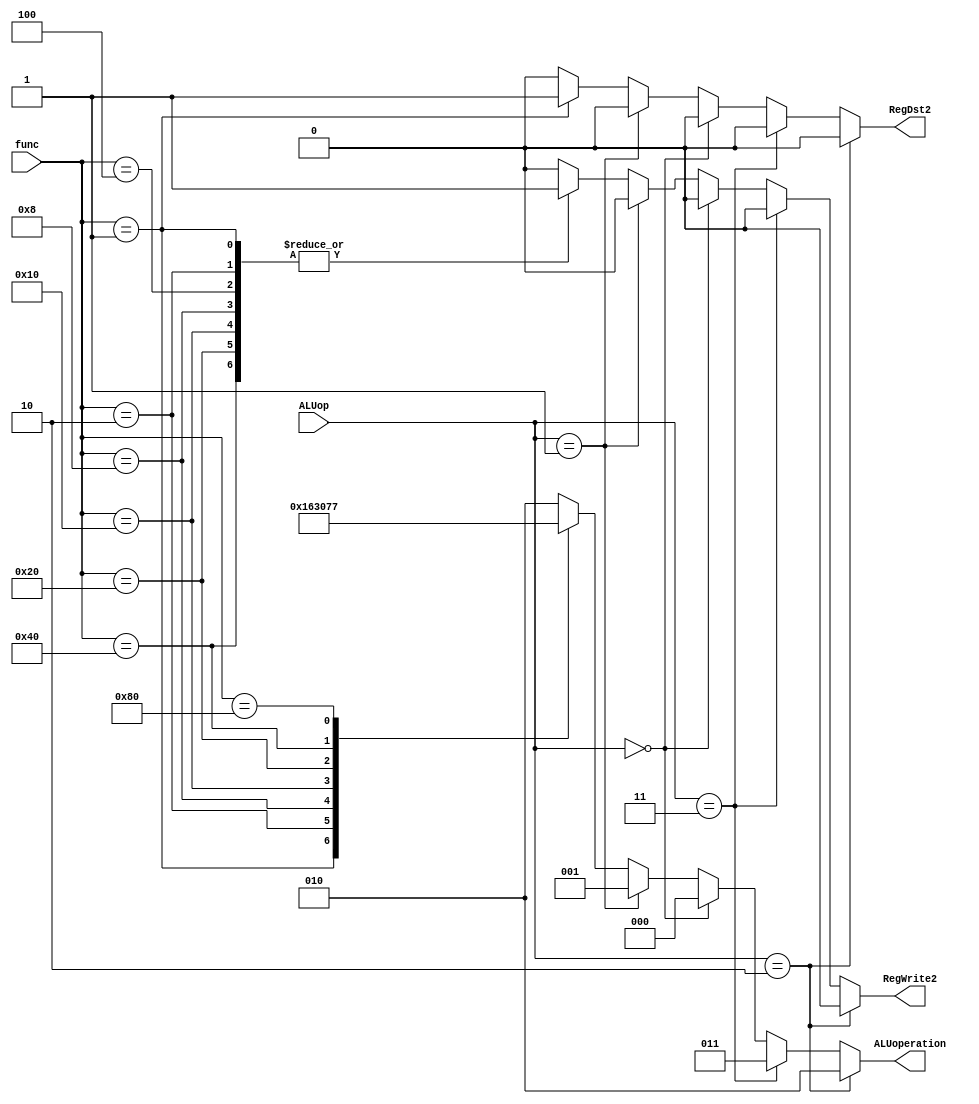
module ALUController(RegDst2, RegWrite2, ALUoperation, ALUop, func);
    output reg [2:0] ALUoperation;
    output reg RegDst2, RegWrite2;
    input [2:0] ALUop;
    input [8:0] func;
    always @(ALUop, func) begin
        ALUoperation = 3'b010;
        RegWrite2 = 1'b0;
        RegDst2 = 1'b0;
        if(ALUop == 3'b010) 
            ALUoperation = 3'b010;
        else if(ALUop == 3'b011)
            ALUoperation = 3'b011;
        else if(ALUop == 3'b000)
            ALUoperation = 3'b000;
        else if(ALUop == 3'b001)
            ALUoperation = 3'b001;
        else 
        begin
            case(func)
            9'b000000001: begin 
                ALUoperation = 3'b101;
                RegDst2 = 1'b1;
                RegWrite2 = 1'b1;
            end
            9'b000000010: begin ALUoperation = 3'b100; RegWrite2 = 1'b1; end
            9'b000000100: begin ALUoperation = 3'b010; RegWrite2 = 1'b1; end
            9'b000001000: begin ALUoperation = 3'b011; RegWrite2 = 1'b1; end
            9'b000010000: begin ALUoperation = 3'b000; RegWrite2 = 1'b1; end
            9'b000100000: begin ALUoperation = 3'b001; RegWrite2 = 1'b1; end
            9'b001000000: begin ALUoperation = 3'b110; RegWrite2 = 1'b1; end
            9'b010000000: begin
                ALUoperation = 3'b111;
                RegWrite2 = 1'b0;
            end 
            endcase
        end
    end
endmodule


module Controller(ALUoperation, PCSrc, ALUSrcB, PCLoad, IOrD, RegDst, RegWrite, MemToReg, IRWrite, ALUSrcA,
                  MemRead, MemWrite, func, opc, zero, rst, clk);
    output [2:0] ALUoperation;
    output reg [1:0] PCSrc, ALUSrcB;
    output reg IOrD, MemToReg, IRWrite, ALUSrcA;
    output PCLoad, RegDst, RegWrite;
    output reg MemRead, MemWrite;
    input [8:0] func;
    input [3:0] opc;
    input zero, rst, clk;
    reg [2:0] ALUop;
    reg PCWriteCond, PCWrite, RegWrite1;
    wire RegDst2, RegWrite2;


    wire and1;
    assign and1 = PCWriteCond & zero;
    wire oneBitZero;
    assign oneBitZero = 1'b0;
    assign PCLoad = PCWrite  | and1;
    assign RegDst = oneBitZero | RegDst2;
    assign RegWrite = RegWrite1 | RegWrite2;

    ALUController ALUCntrl(RegDst2, RegWrite2, ALUoperation, ALUop, func);
    parameter [3:0] IF = 0, ID = 1, Load1 = 2, Load2 = 3, Store = 4, Jump = 5, BranchZ = 6, TypeC1 = 7,
                    TypeC2 = 8, Addi = 9, IState = 10, Subi = 11, Andi = 12, Ori = 13;
        
    reg [3:0] ns, ps;
    parameter [3:0]  LOAD = 4'b0000, STORE = 4'b0001, JUMP = 4'b0010, BRANCHZ = 4'b0100, TYPEC = 4'b1000,
                     ADDI = 4'b1100, SUBI = 4'b1101, ANDI = 4'b1110, ORI = 4'b1111;
               
    always @(ps, opc) begin
        case(ps) 
            IF: ns = ID;
            ID: begin
                case(opc) 
                    LOAD:  ns = Load1;
                    STORE: ns = Store;
                    JUMP:  ns = Jump;
                    BRANCHZ: ns = BranchZ;
                    TYPEC: ns = TypeC1;
                    ADDI:  ns = Addi;
                    SUBI:  ns = Subi;
                    ANDI:  ns = Andi;            
                    ORI:  ns = Ori;                
                endcase
            end
            Load1: ns = Load2;
            Load2: ns = IF;
            Store: ns = IF;
            Jump: ns = IF;
            BranchZ: ns = IF;
            TypeC1: ns = TypeC2;
            TypeC2: ns = IF;
            Addi: ns = IState;
            IState: ns = IF;
            Subi: ns = IState;
            Andi: ns = IState;
            Ori: ns = IState;
        endcase
    end
    always @(ps) begin
        {PCWrite, PCWriteCond, IOrD, MemWrite, MemRead, IRWrite, MemToReg, RegWrite1, ALUSrcB, PCSrc, ALUop, ALUSrcA} = 16'd5;
        case(ps) 
            IF: begin
                IOrD = 1'b0;
                MemRead = 1'b1;
                IRWrite = 1'b1;
                ALUSrcA = 1'b0;
                ALUSrcB = 2'b01;
                ALUop = 3'b010;
                PCSrc = 2'b00;
                PCWrite = 1'b1;
            end
            ID: begin
                {MemWrite, MemRead, IRWrite, RegWrite1, PCWrite, PCWriteCond} = 6'b000000;            
            end
            Load1: begin
                IOrD = 1'b1;
                MemRead = 1'b1;
            end
            Load2: begin
                RegWrite1 = 1'b1;
                MemToReg = 1'b1;
            end
            Store: begin
                IOrD = 1'b1;
                MemWrite = 1'b1;
            end
            Jump: begin
                PCSrc = 2'b10;
                PCWrite = 1'b1;
            end
            BranchZ: begin
                ALUop = 3'b011;
                ALUSrcA = 1'b1;
                ALUSrcB = 2'b00;
                PCWriteCond = 1'b1;
                PCSrc = 2'b01;
            end
            TypeC1: begin
                ALUSrcA = 1'b1;
                ALUSrcB = 2'b00;
                ALUop = 3'b111;
            end
            TypeC2: begin
                ALUop = 3'b111;
                RegWrite1 = 1'b0;
                MemToReg = 1'b0;                
            end
            Addi: begin
                ALUSrcA = 1'b1;
                ALUSrcB = 2'b10;
                ALUop = 3'b010;
            end
            IState: begin
                RegWrite1 = 1'b1;
                MemToReg = 1'b0;
            end
            Subi: begin
                ALUSrcA = 1'b1;
                ALUSrcB = 2'b10;
                ALUop = 3'b011;
            end
            Andi: begin
                ALUSrcA = 1'b1;
                ALUSrcB = 2'b10;
                ALUop = 3'b000;
            end
            Ori: begin
                ALUSrcA = 1'b1;
                ALUSrcB = 2'b10;
                ALUop = 3'b001;
            end
        endcase
    end
    always @(posedge clk, posedge rst) begin
        if(rst)
            ps <= IF;
        else
            ps <= ns;
    end
endmodule